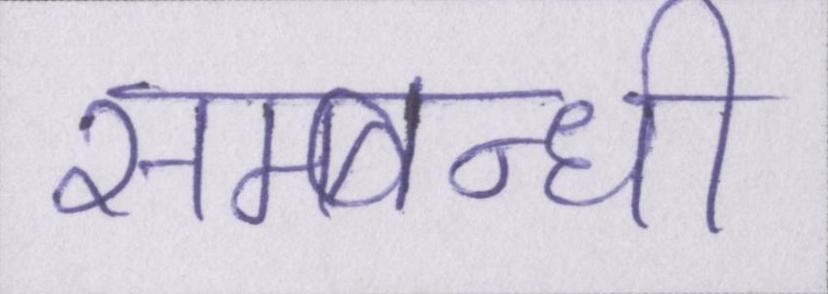
सम्बन्धी